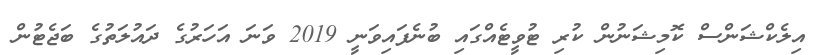
އިލެކްޝަންސް ކޮމިޝަނުން ކުރި ޓުވީޓެއްގައި ބުނެފައިވަނީ 2019 ވަނަ އަހަރުގެ ދައުލަތުގެ ބަޖެޓުން